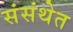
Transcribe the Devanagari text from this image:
संसंथेत